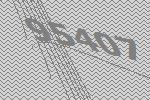
95407